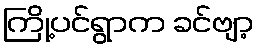
ကြို့ပင်ရွာက ခင်ဗျာ့